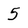
Character: 5